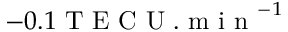
- 0 . 1 \mathrm { ~ T ~ E ~ C ~ U ~ . ~ m ~ i ~ n ~ } ^ { - 1 }